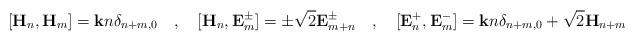
LaTeX: \begin{align*} [\mathbf{H}_n,\mathbf{H}_m]=\mathbf{k}n\delta_{n+m,0} \quad,\quad [\mathbf{H}_n,\mathbf{E}^{\pm}_m]=\pm\sqrt 2\mathbf{E}^{\pm}_{m+n} \quad,\quad [\mathbf{E}^+_n,\mathbf{E}^-_m]=\mathbf{k}n\delta_{n+m,0}+ \sqrt2\mathbf{H}_{n+m} \quad\end{align*}